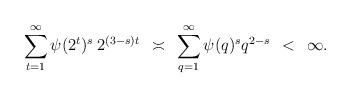
\begin{align*}\sum\limits_{t=1}^{\infty}\psi(2^t)^s \: 2^{(3-s)t} \: \: \asymp \: \: \sum\limits_{q=1}^{\infty}\psi(q)^sq^{2-s} \: \: < \: \: \infty.\end{align*}